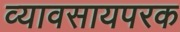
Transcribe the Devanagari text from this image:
व्यावसायपरक